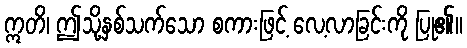
ဣတိ၊ ဤသို့နှစ်သက်သော စကားဖြင့် လေ့လာခြင်းကို ပြု၏။